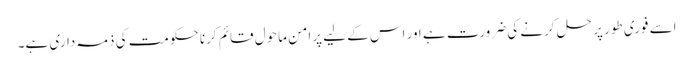
اسے فوری طور پر حل کرنے کی ضرورت ہے اور اس کے لیے پرامن ماحول قائم کرنا حکومت کی ذمہ داری ہے۔